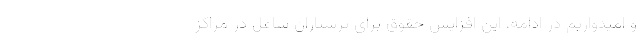
و امیدواریم در ادامه، این افزایش حقوق برای پرستاران شاغل در مراکز